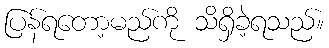
ပြန်ရတော့မည်ကို သိရှိခဲ့ရသည်။